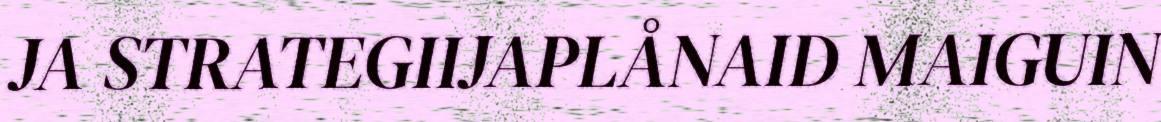
JA STRATEGIIJAPLÅNAID MAIGUIN